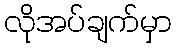
လိုအပ်ချက်မှာ